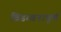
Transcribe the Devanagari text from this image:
विडम्बनापूर्ण